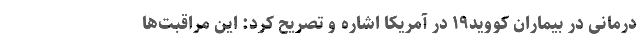
درمانی در بیماران کووید۱۹ در آمریکا اشاره و تصریح کرد: این مراقبت‌ها